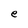
Character: e